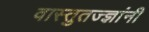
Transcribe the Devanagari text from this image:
वास्तुतज्ज्ञांनी